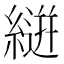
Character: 𮈴